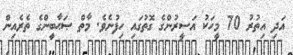
އަދި އިތުރު 70 މީހަކު އަސީރުންގެ ގޮތުގައި ހިފުނެވެ. މާތް ޞަޙާބީންގެ ތެރެއިން